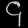
Digit: ၄